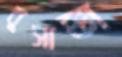
বুসাক্কা